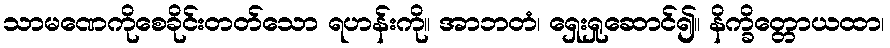
သာမဏေကိုစေခိုင်းတတ်သော ရဟန်းကို။ အာဘတံ၊ ရှေးရှုဆောင်၍။ နိက္ခိတ္တောယထာ၊